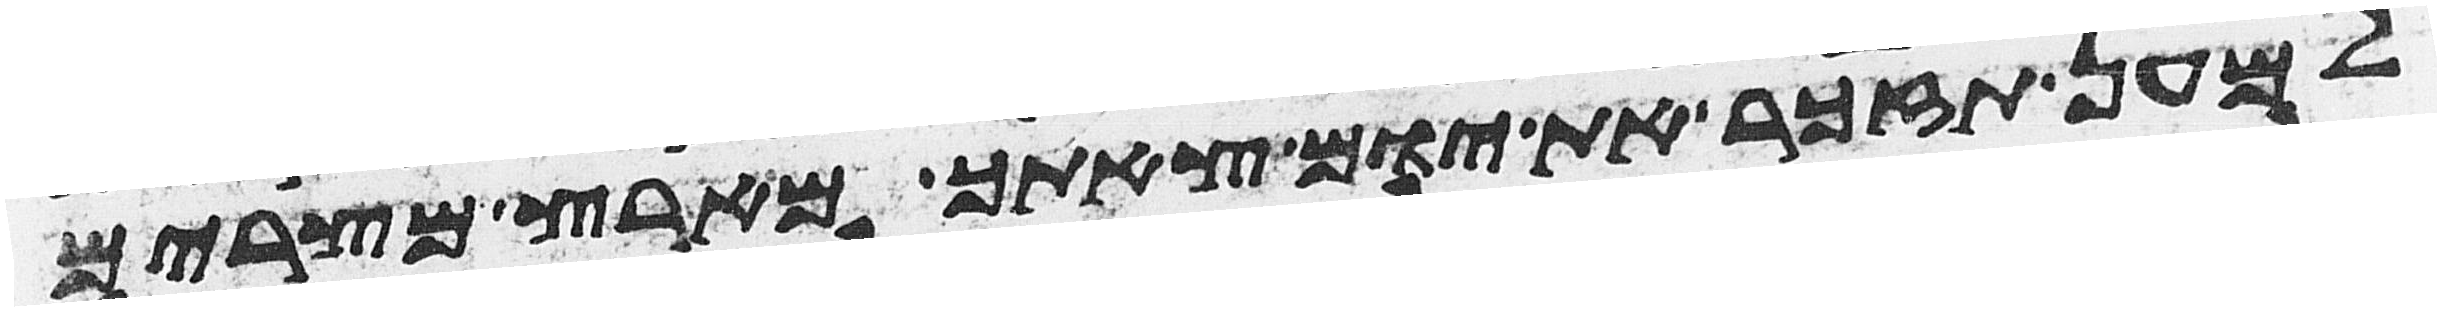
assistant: למען תזכר את יום צאתך מארץ מצרים